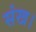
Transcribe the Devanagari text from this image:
संख।